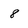
Character: 8